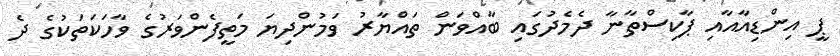
ޕީ އިންޑިއާއާއި ޕާކިސްތާނާ ދެމެދުގައި ބާއްވަން ތައްޔާރު ވަމުންދިޔަ މަތީފެންވަރުގެ ވާހަކަތަކުގެ ދެ